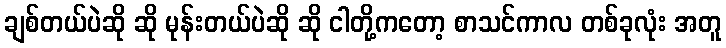
ချစ်တယ်ပဲဆို ဆို မုန်းတယ်ပဲဆို ဆို ငါတို့ကတော့ စာသင်ကာလ တစ်ခုလုံး အတူ